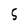
Character: 5